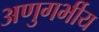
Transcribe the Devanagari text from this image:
अणुगर्भीय